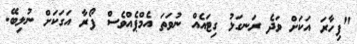
"ފިހާރަ އަކަށް ވަދެ ރަނގަޅު ގިޓައެއް ނުވަތަ އެމްޕެއްވެސް ފޯރާ އަގަކަށް ނުލިބޭ.